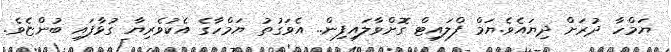
ޔަމްހާ ދުރަށް ދިޔައެވެ.ޔަމް ފްލައިޓް ގޮށްވާލައިފިން.. އެވަގުތު ޔަމްހާގެ އެކުވެރިޔާ ގުޅާފައި ބުންޏެވެ.